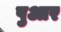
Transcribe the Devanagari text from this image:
पुआर